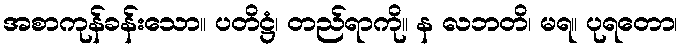
အစာကုန်ခန်းသော။ ပတိဋ္ဌံ၊ တည်ရာကို။ န လဘတိ၊ မရ။ ပုရတော၊